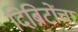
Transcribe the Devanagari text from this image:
दिब्रिटोंचा